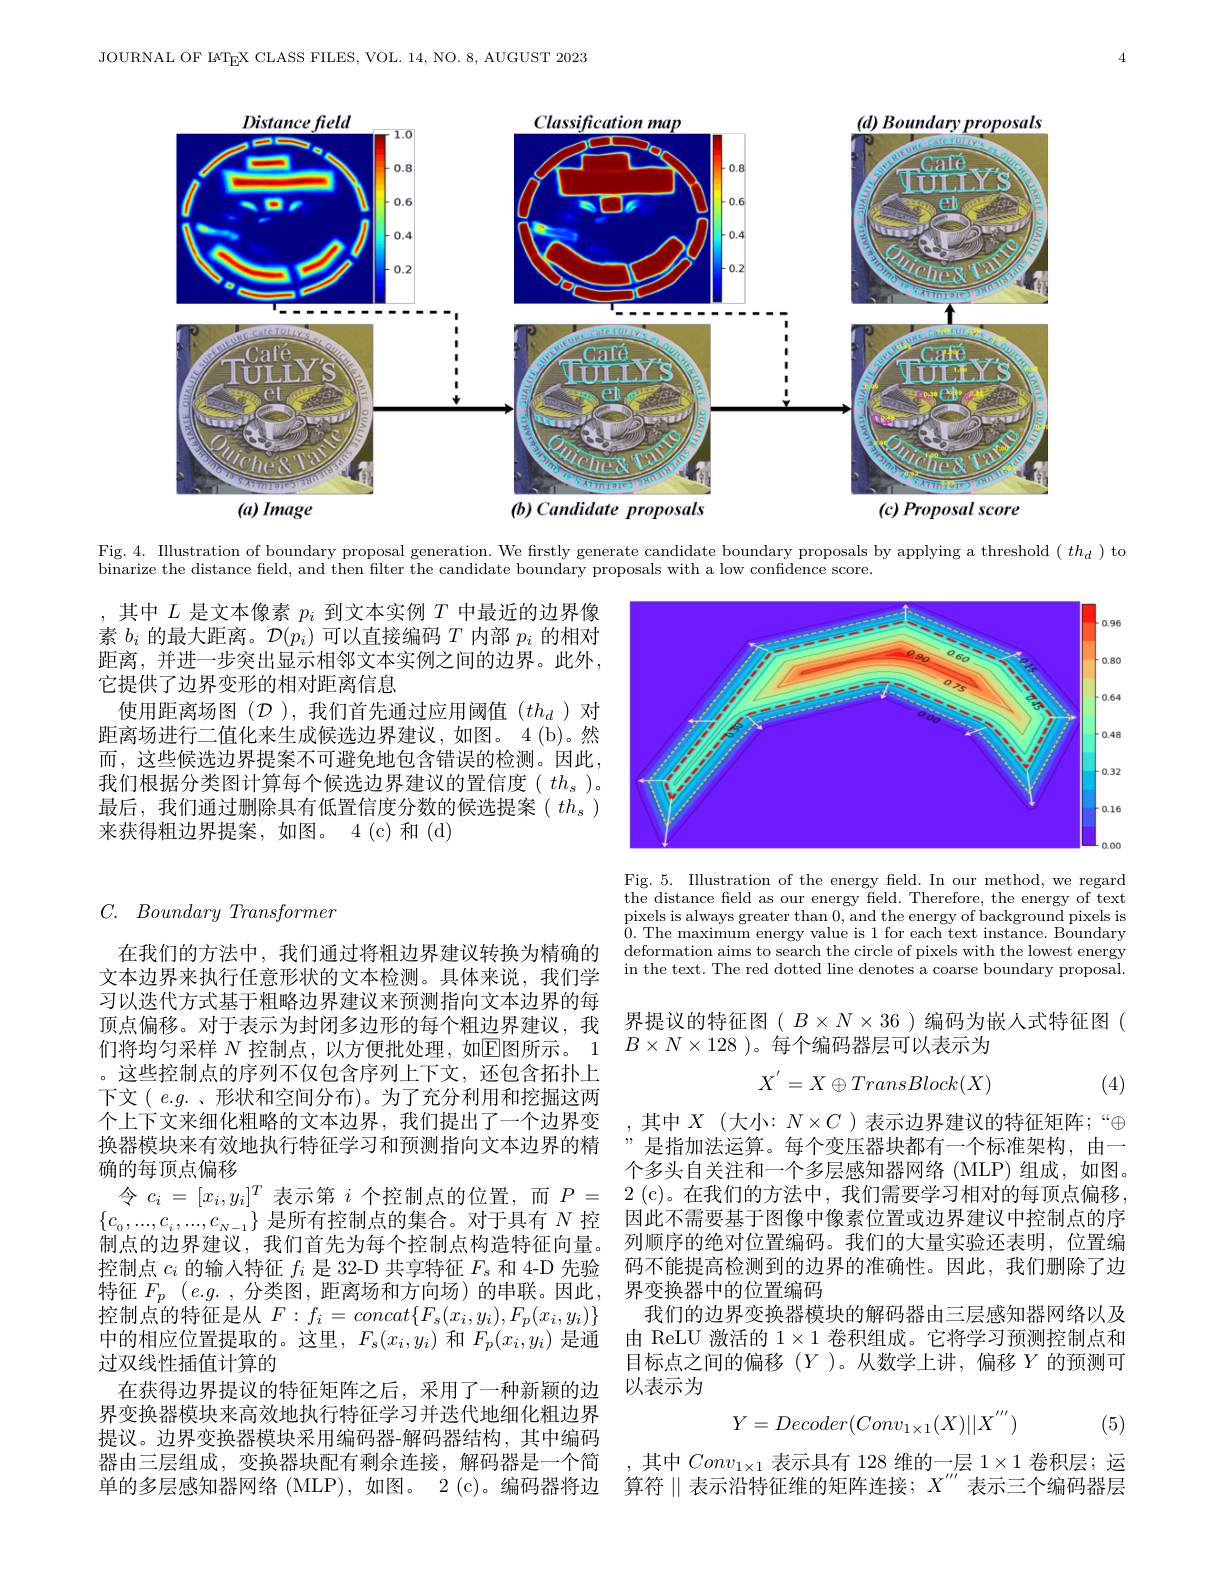
JOURNAL OF IATEX CLASS FILES, VOL. 14, NO. 8, AUGUST 2023

<FigureHere>

Fig. 4. Illustration of boundary proposal generation. We firstly generate candidate boundary proposals by applying

threshold$(th_d)$to

binarize the distance field, and then filter the candidate boundary proposals with a low confidence score.

,其中$L$是文本像素$p_i$到文本实例$T$中最近的边界像素$b_i$的最大距离。$\mathcal{D}(p_i)$可以直接编码$T$内部$p_i$的相对距离，并进一步突出显示相邻文本实例之间的边界。此外， 它提供了边界变形的相对距离信息
使用距离场图($\mathcal{D}$ ),我们首先通过应用阈值$(th_d$ )对距离场进行二值化来生成候选边界建议，如图。4(b)。然而，这些候选边界提案不可避免地包含错误的检测。因此， 我们根据分类图计算每个候选边界建议的置信度( $th_s)$。最后，我们通过删除具有低置信度分数的候选提案$(th_s)$ 来获得粗边界提案，如图。4(c)和(d)

<FigureHere>

$C.$ $Boundary\textit{ Transformer}$

Fig. 5. Illustration of the energy feld. In our method, we regard the distance field as our energy field. Therefore, the energy of text $\begin{array}{c}\mathrm{pixels~is~always~greater~than~0,~and~the~energy~of~background~pixels~is}\\\mathrm{o~mu~}\end{array}$ 0. The maximum energy value is 1 for each text instance. Boundary deformation aims to search the circle of pixels with the lowest energy in the text. The red dotted line denotes a coarse boundary proposal.

界提议的特征图( $B\times N\times36$ )编码为嵌人式特征图(
$B\times N\times128$ )。每个编码器层可以表示为
$$X^{'}=X\oplus TransBlock(X)$$
(4)

在我们的方法中，我们通过将粗边界建议转换为精确的文本边界来执行任意形状的文本检测。具体来说，我们学习以迭代方式基于粗略边界建议来预测指向文本边界的每顶点偏移。对于表示为封闭多边形的每个粗边界建议，我们将均匀采样 $N$ 控制点，以方便批处理，如$\overline{\mathrm{E}}$图所示。1 。这些控制点的序列不仅包含序列上下文，还包含拓扑上下文( e.g. 、形状和空间分布)。为了充分利用和挖掘这两个上下文来细化粗略的文本边界，我们提出了一个边界变换器模块来有效地执行特征学习和预测指向文本边界的精确的每顶点偏移
令$c_i=[x_i,y_i]^T$表示第$i$个控制点的位置，而$P=$ $2( \mathfrak{c} )$。在我们的方法中，我们需要学习相对的每顶点偏移
$\{c_0,...,c_i,...,c_{N-1}\}$是所有控制点的集合。对于具有$N$控制点的边界建议，我们首先为每个控制点构造特征向量。控制点$c_i$的输入特征$f_i$是 32-D 共享特征$F_\mathrm{s}$和 4-D 先验特征$F_p$ $(e.g.$ ,分类图，距离场和方向场)的串联。因此， 控制点的特征是从$F:f_i=concat\{F_s(x_i,y_i),F_p(x_i,y_i)\}$ 中的相应位置提取的。这里，$F_{\mathrm{s}}(x_i,y_i)$和$F_p(x_i,y_i)$是通过双线性插值计算的
在获得边界提议的特征矩阵之后，采用了一种新颖的边界变换器模块来高效地执行特征学习并迭代地细化粗边界提议。边界变换器模块采用编码器-解码器结构，其中编码器由三层组成，变换器块配有剩余连接，解码器是一个简单的多层感知器网络 (MLP), 如图。2 (c)。编码器将边

,其中$X$ (大小：$N\times C$ )表示边界建议的特征矩阵；“$\oplus$ ”是指加法运算。每个变压器块都有一个标准架构，由一个多头自关注和一个多层感知器网络(MLP)组成，如图。因此不需要基于图像中像素位置或边界建议中控制点的序列顺序的绝对位置编码。我们的大量实验还表明，位置编码不能提高检测到的边界的准确性。因此，我们删除了边界变换器中的位置编码
我们的边界变换器模块的解码器由三层感知器网络以及由 ReLU 激活的$1\times1$卷积组成。它将学习预测控制点和目标点之间的偏移$(Y$ )。从数学上讲，偏移$Y$的预测可以表示为
$$Y=Decoder(Conv_{1\times1}(X)||X^{'''})$$
(5)

,其中$Conv_{1\times1}$表示具有 128 维的一层$1\times1$卷积层；运算符$\parallel$表示沿特征维的矩阵连接$;X^\prime\prime\prime$ 表示三个编码器层